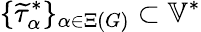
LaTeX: \{ \widetilde{\tau}_{\alpha}^{*}\} _{\alpha\in\Xi(G)}\subset\mathbb{V}^{*}